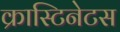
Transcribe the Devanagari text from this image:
क्रास्टिनेटस